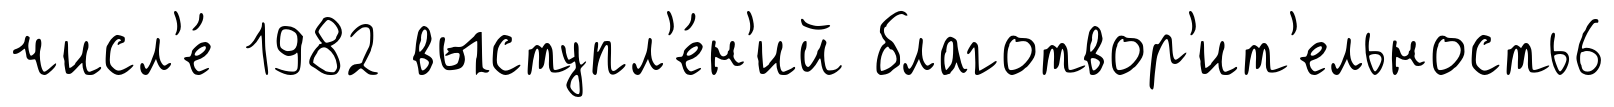
числ'е́ 1982 выступл'е́н'ий благотвор'ит'ельность6